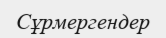
Сұрмергендер